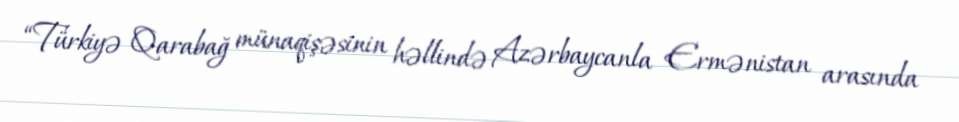
“Türkiyə Qarabağ münaqişəsinin həllində Azərbaycanla Ermənistan arasında